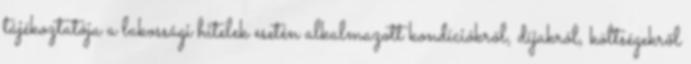
tájékoztatója a lakossági hitelek esetén alkalmazott kondíciókról, díjakról, költségekről